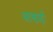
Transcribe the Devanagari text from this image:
आखाड़ों